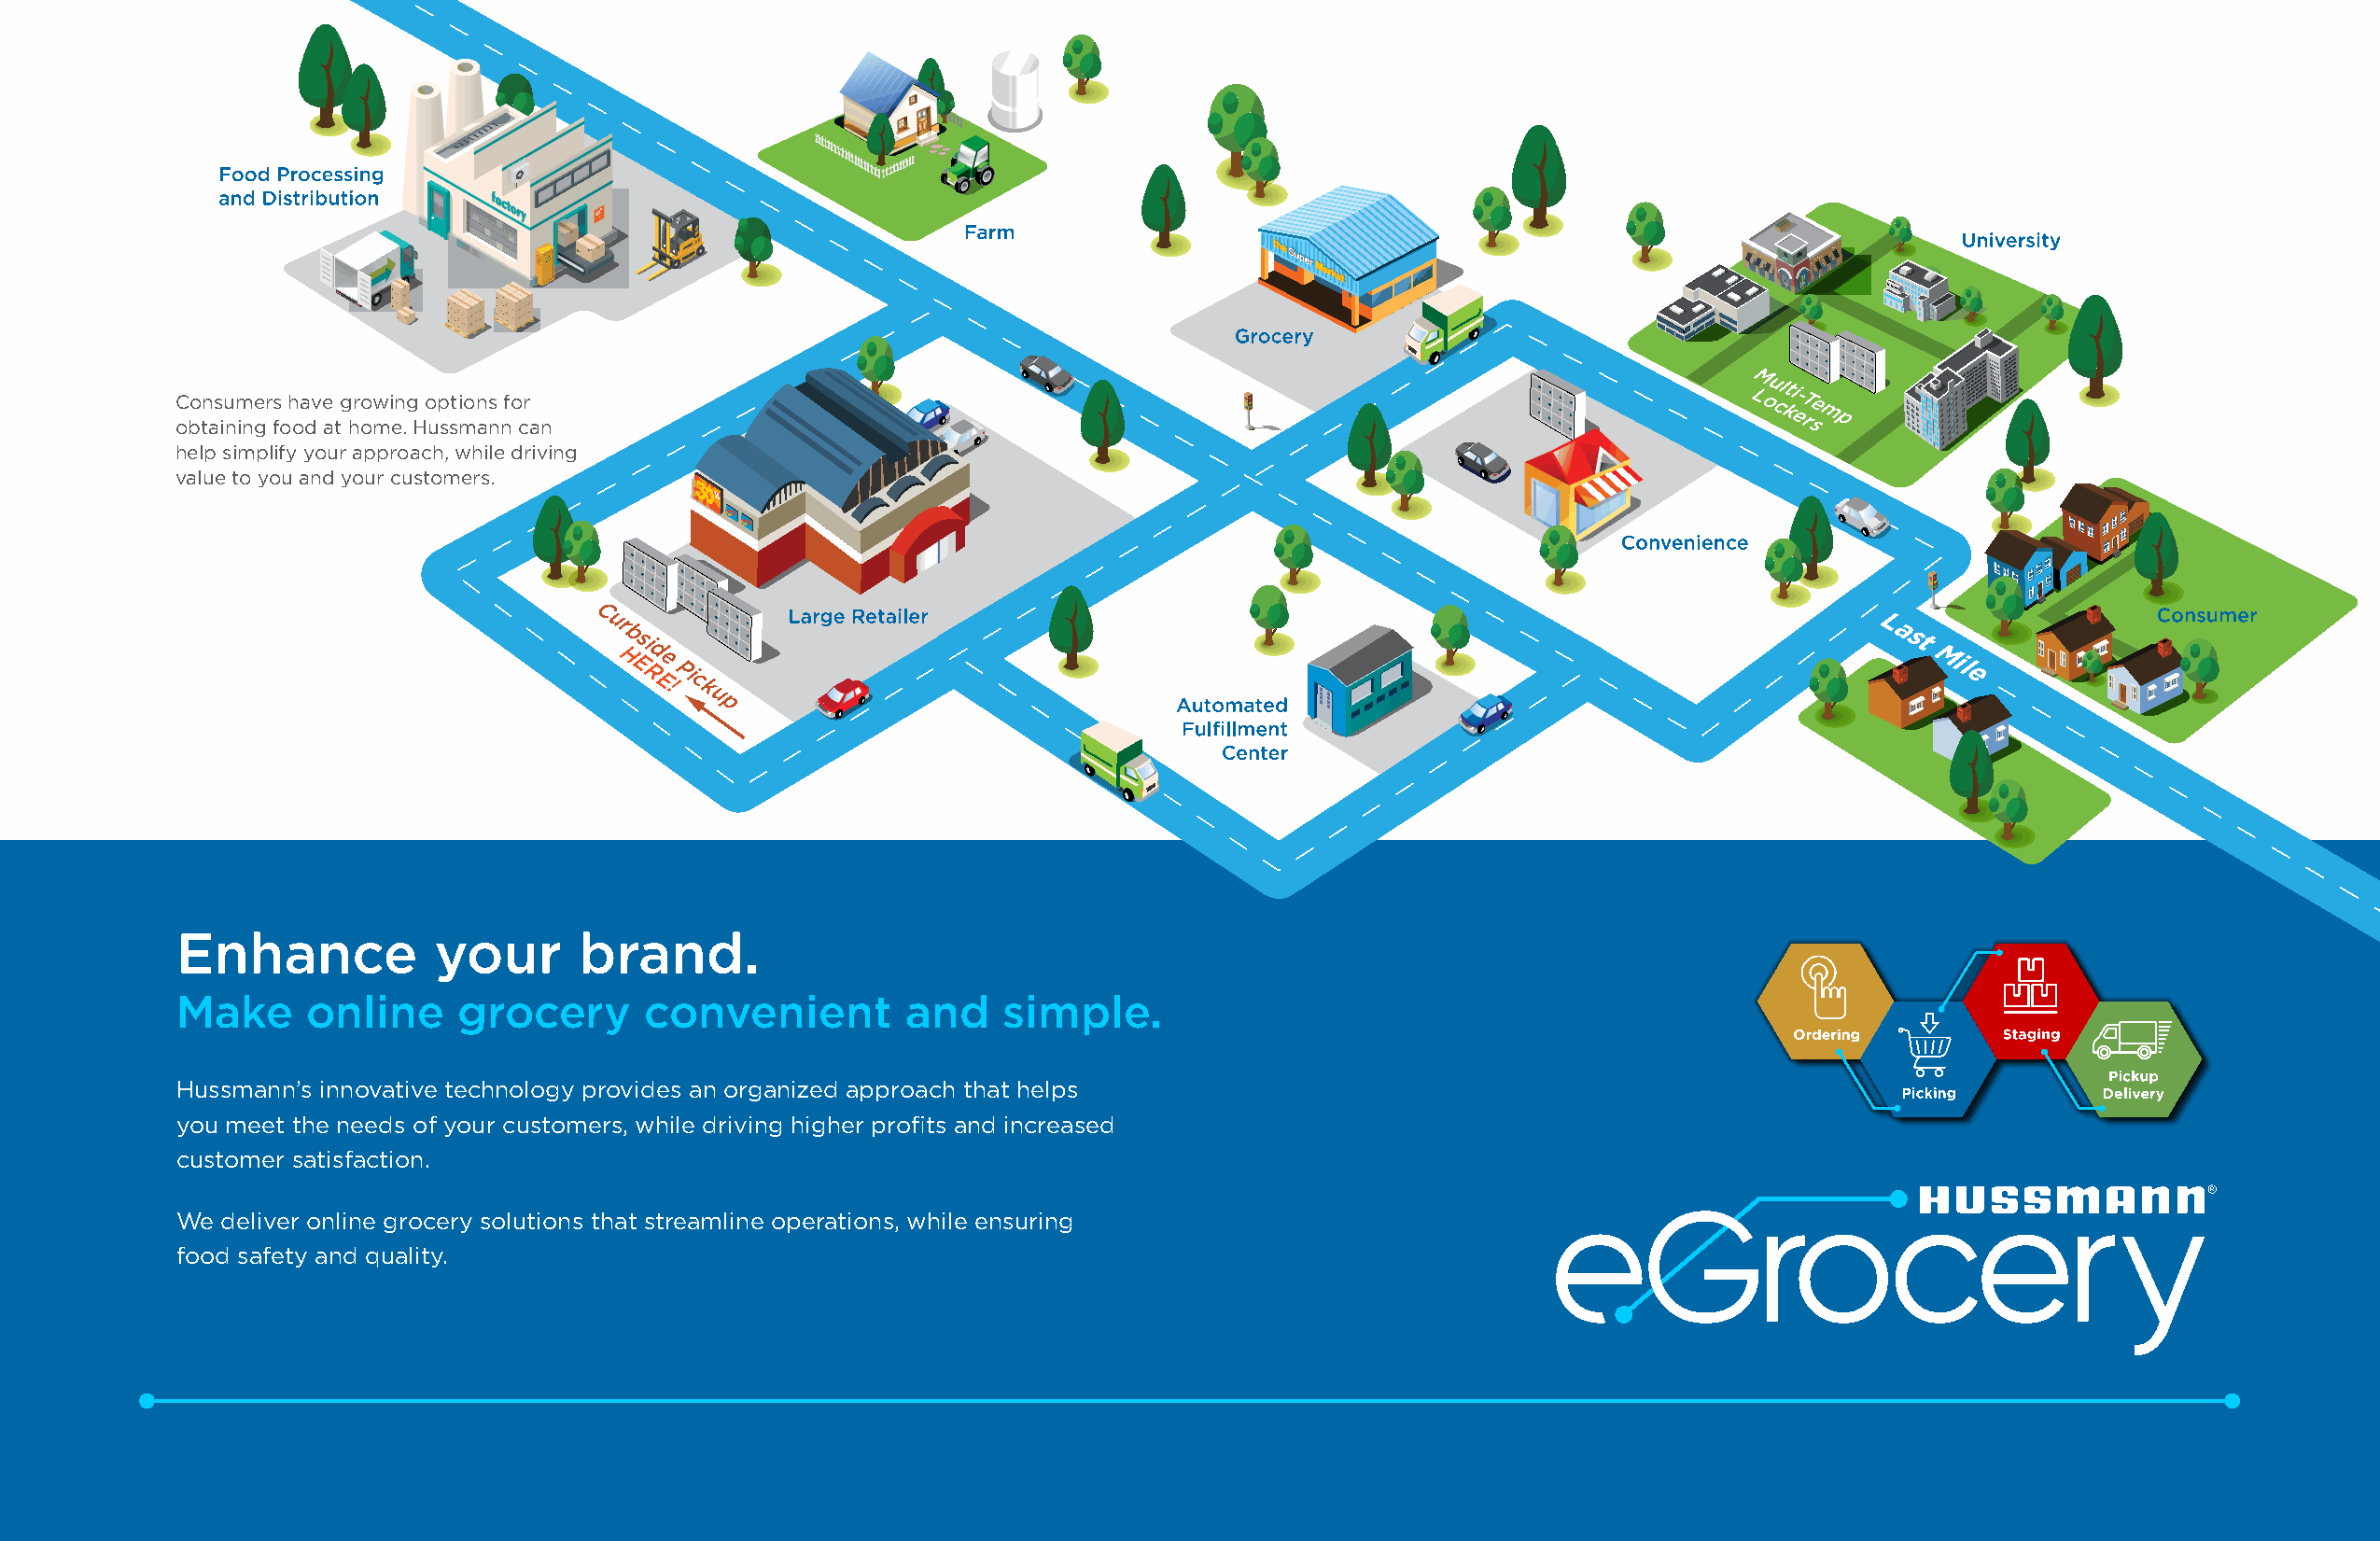
C obo tn as iu nm inger fs
 o
 h oa dv e
 a
 tg hro ow mi en .g
 H
 o up ssti mon as
 n
 nfo cr
 a n
 LM ou cl kti
 e-T
 rse
 mp
 help simplify your approach, while driving
 value to you and your customers.
 C
 ur
 b si
 d
 L
 a st
 H
 E
 Re
 Pi
 Mil
 e
 E!c
 k
 u
 p
 Enhance           your      brand.
 Make     online    grocery       convenient        and    simple.
 Hussmann’s innovative technology provides an organized approach that helps
 you meet the needs of your customers, while driving higher profits and increased
 customer satisfaction.
 We deliver online grocery solutions that streamline operations, while ensuring
 food safety and quality.